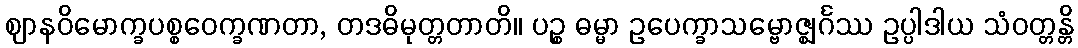
ဈာနဝိမောက္ခပစ္စဝေက္ခဏတာ, တဒဓိမုတ္တတာတိ။ ပဉ္စ ဓမ္မာ ဥပေက္ခာသမ္ဗောဇ္ဈင်္ဂဿ ဥပ္ပါဒါယ သံဝတ္တန္တိ